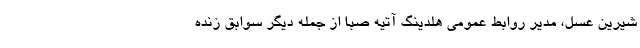
شیرین عسل، مدیر روابط عمومی هلدینگ آتیه صبا از جمله دیگر سوابق زنده